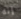
إنه